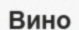
Вино